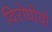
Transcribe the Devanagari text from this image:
विरोधीयों